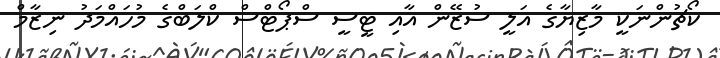
ކޯޗުންނަކީ މާޒިޔާގެ އަލީ ސުޒޭން އާއި ޓީސީ ސްޕޯޓްސް ކްލަބްގެ މުހައްމަދު ނިޒާމް